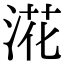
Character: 㳸